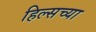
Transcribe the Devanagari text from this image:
हिल्सच्या